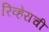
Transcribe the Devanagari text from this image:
रिव्हेराची